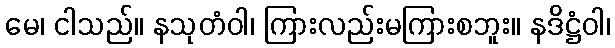
မေ၊ ငါသည်။ နသုတံဝါ၊ ကြားလည်းမကြားစဘူး။ နဒိဋ္ဌံဝါ၊